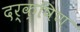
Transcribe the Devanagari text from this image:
दर्क्षिण